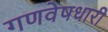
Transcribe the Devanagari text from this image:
गणवेषधारी